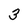
Character: 3